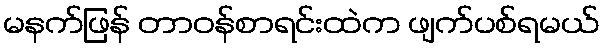
မနက်ဖြန် တာဝန်စာရင်းထဲက ဖျက်ပစ်ရမယ်